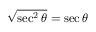
{ \sqrt { \sec ^ { 2 } \theta } } = \sec \theta